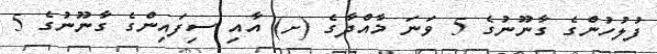
ފުލުުހުންގެ ގާނޫނުގެ 5 ވަނަ މާއްދާގެ (ށ) އާއި ސިފައިންގެ ގާނޫނުގެ 5